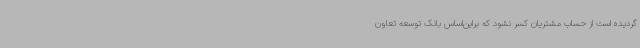
گردیده است از حساب مشتریان کسر نشود که براین‌اساس بانک توسعه تعاون